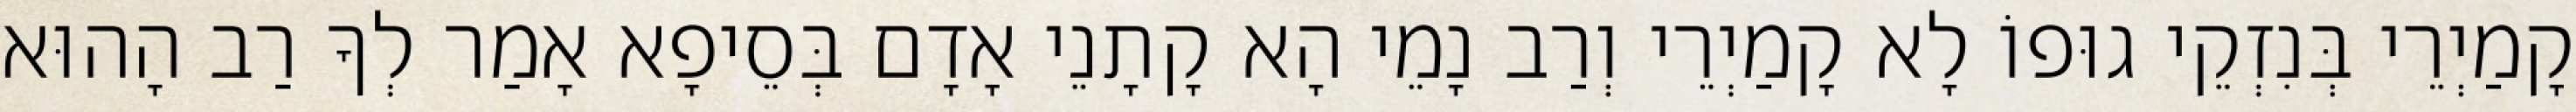
קָמַיְרֵי בְּנִזְקֵי גוּפוֹ לָא קָמַיְרֵי וְרַב נָמֵי הָא קָתָנֵי אָדָם בְּסֵיפָא אָמַר לְךָ רַב הָהוּא